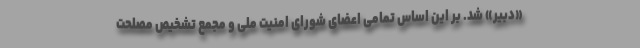
«دبیر» شد. بر این اساس تمامی اعضای شورای امنیت ملی و مجمع تشخیص مصلحت